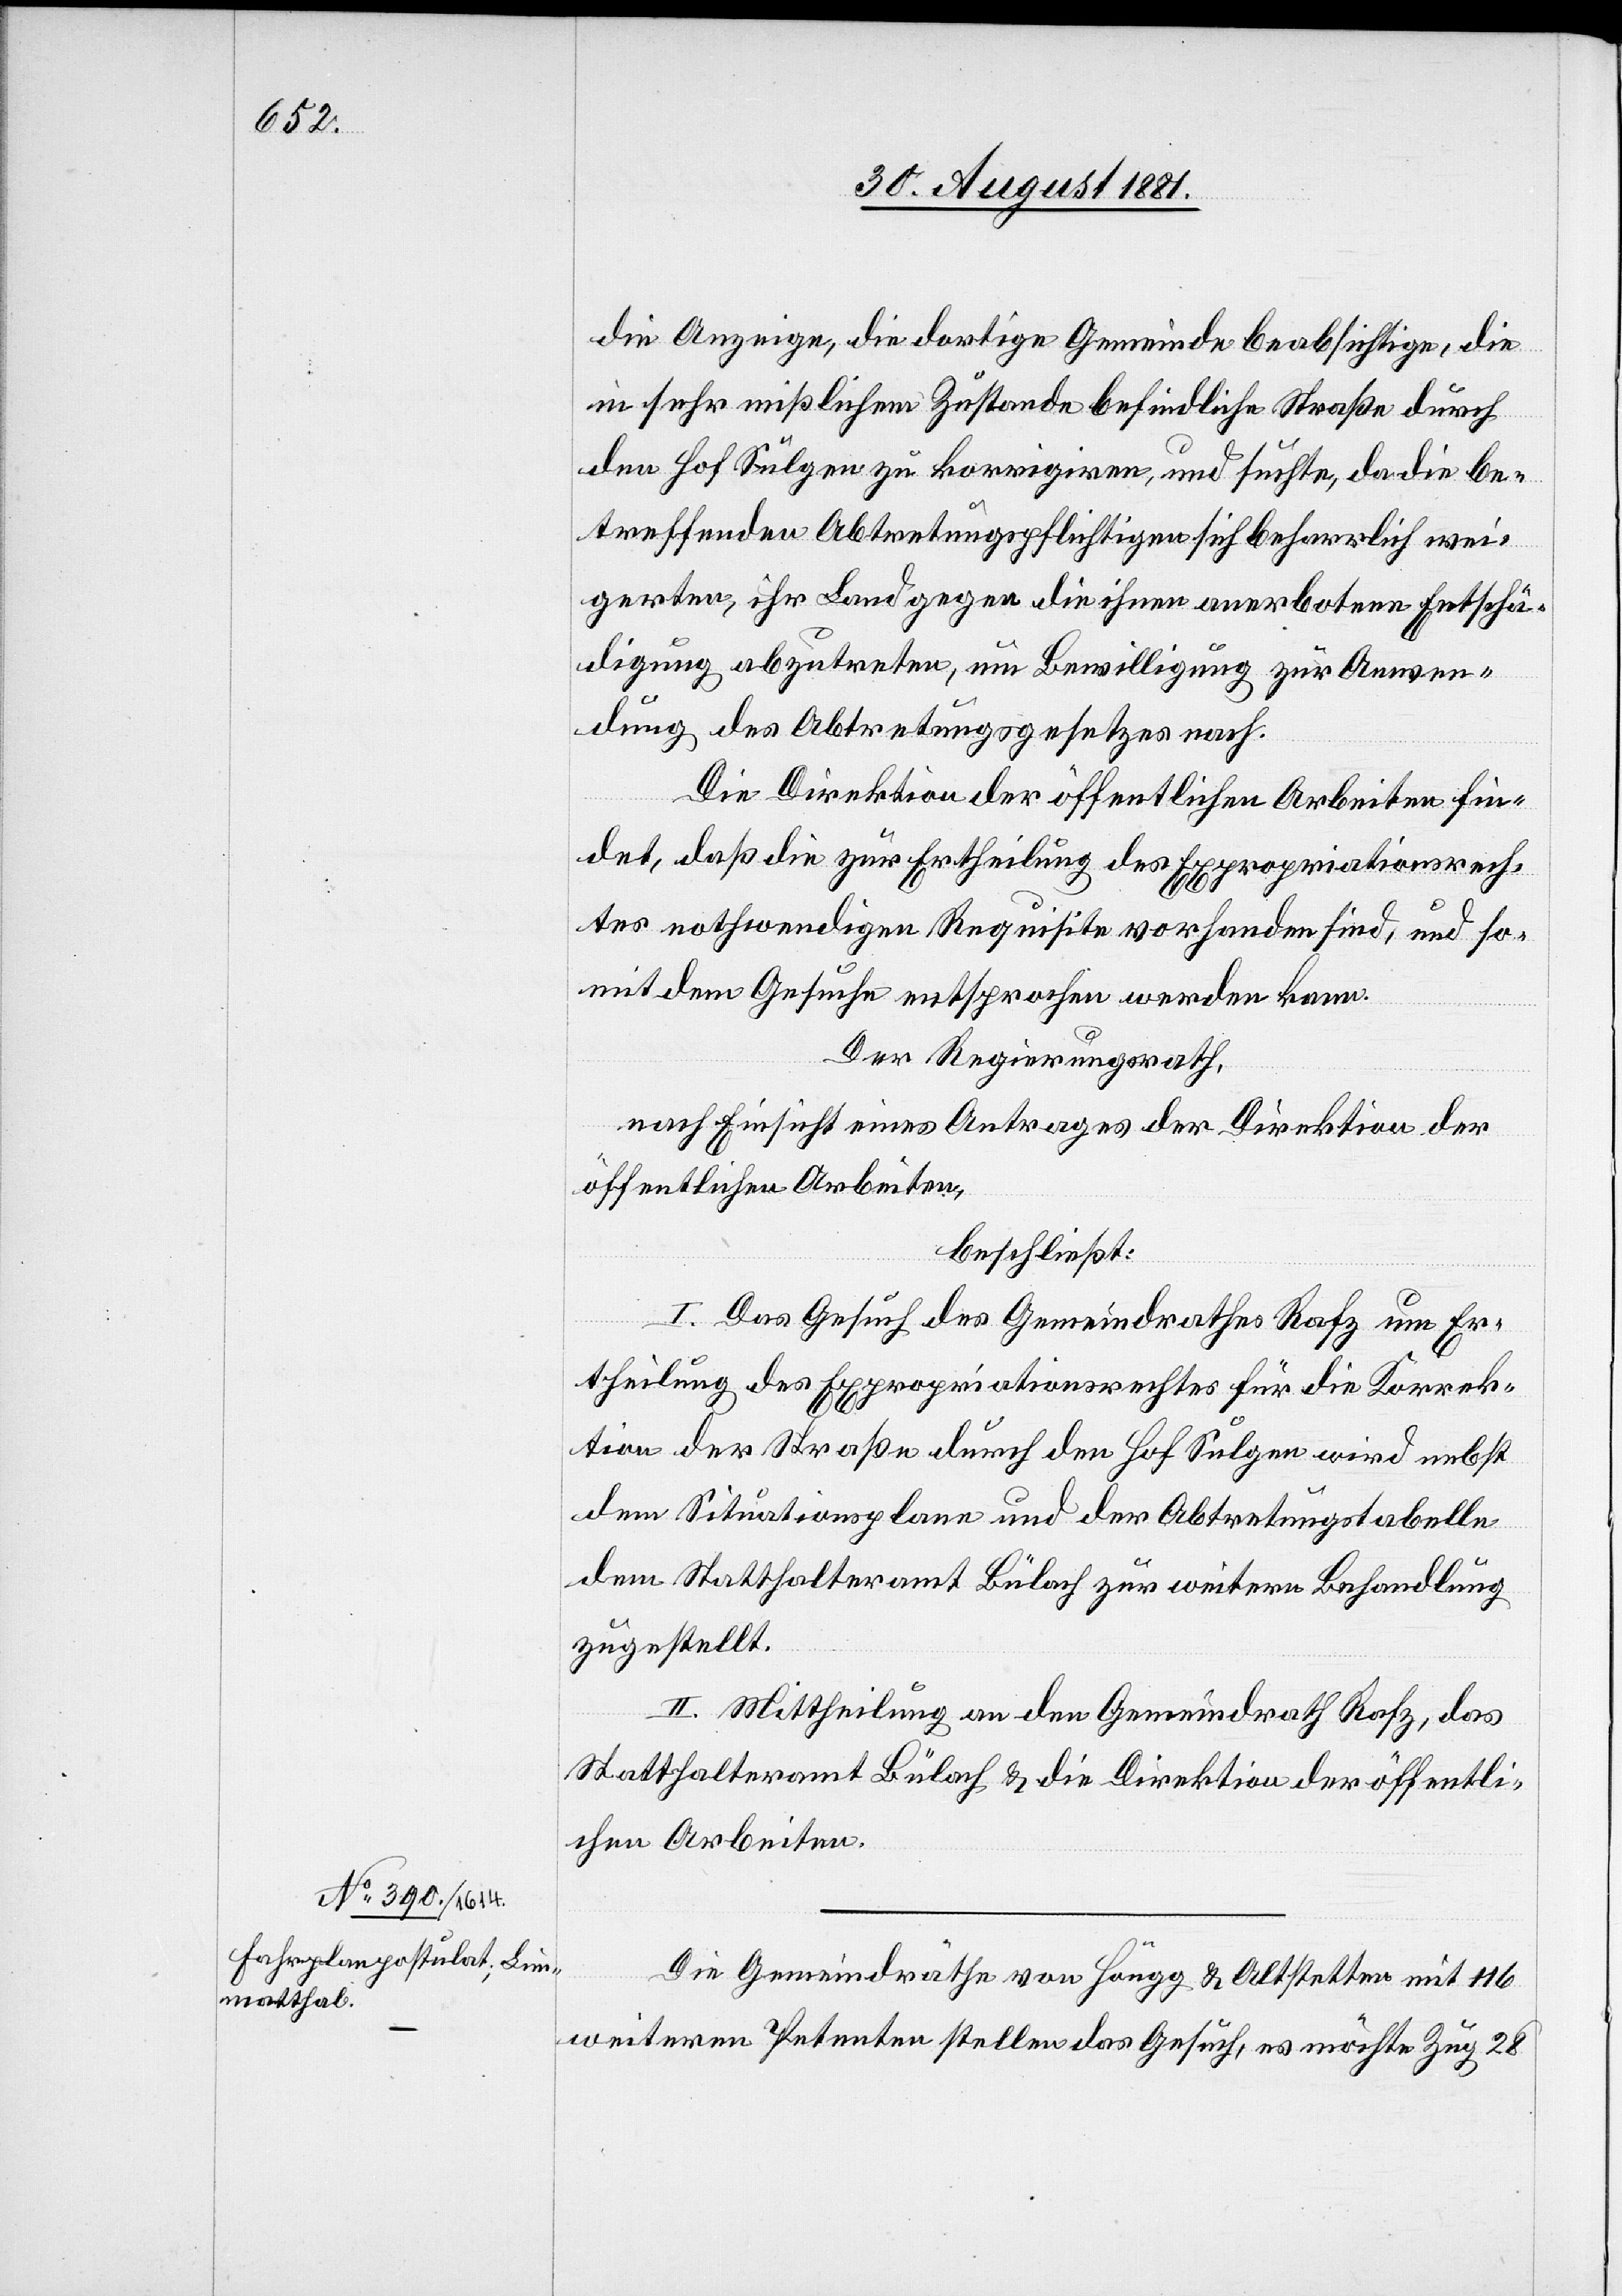
die Anzeige, die dortige Gemeinde beabsichtige, die
in sehr mißlichem Zustande befindliche Straße durch
den Hof Sulgen zu korrigiren, und suchte, da die be¬
treffenden Abtretungspflichtigen sich beharrlich wei¬
gerten, ihr Land gegen die ihnen anerbotene Entschä¬
digung abzutreten, um Bewilligung zur Anwen¬
dung des Abtretungsgesetzes nach.
Die Direktion der öffentlichen Arbeiten fin¬
det, daß die zur Ertheilung des Expropriationsrech¬
tes nothwendigen Requisite vorhanden sind, und so¬
mit dem Gesuche entsprochen werden kann.
Der Regierungsrath,
nach Einsicht eines Antrages der Direktion der
öffentlichen Arbeiten,
beschließt:
I. Das Gesuch des Gemeindrathes Rafz um Er¬
theilung des Expropriationsrechtes für die Korrek¬
tion der Straße durch den Hof Sulgen wird nebst
dem Situationsplan und der Abtretungstabelle
dem Statthalteramt Bülach zur weitern Behandlung
zugestellt.
II. Mittheilung an den Gemeindrath Rafz, das
Statthalteramt Bülach & die Direktion der öffentli¬
chen Arbeiten.
Die Gemeinderäthe von Höngg & Altstetten mit 116
weiteren Petenten stellen das Gesuch, es möchte Zug 28